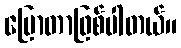
ပြောတာဖြစ်ပါတယ်။